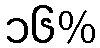
၁၆%